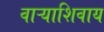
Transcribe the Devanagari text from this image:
वाऱ्याशिवाय